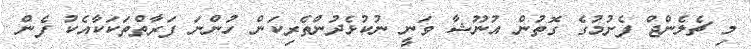
މި ޗެލެންޖް ފެށުމުގެ ގޮތުން އުނޫޝާ ވަނީ ނުކުޅެދުންތެރިކަން ހުންނަ ފަރާތްތަކަކާއެކު ފެން